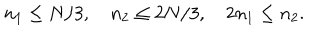
LaTeX: n _ { 1 } \le N / 3 , \quad n _ { 2 } \le 2 N / 3 , \quad 2 n _ { 1 } \le n _ { 2 } .